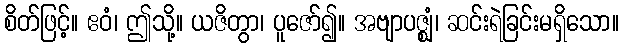
စိတ်ဖြင့်။ ဧဝံ၊ ဤသို့။ ယဇိတွာ၊ ပူဇော်၍။ အဗျာပဇ္ဈံ၊ ဆင်းရဲခြင်းမရှိသော။